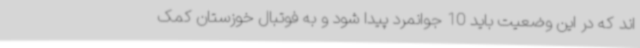
اند که در این وضعیت باید 10 جوانمرد پیدا شود و به فوتبال خوزستان کمک